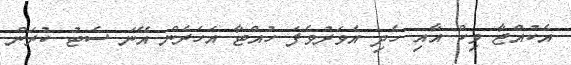
އެކުއްޖާ ވިކް އާއި ހެދި އެވަރުވެފަ ހުއްޓާ އަހަރެން އޭނަ ސެޓު ކުރަން